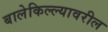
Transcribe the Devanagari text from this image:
बालेकिल्ल्यावरील